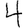
Digit: 4